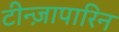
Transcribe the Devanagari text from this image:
टीन्ज़ापारिन